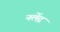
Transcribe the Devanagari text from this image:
नलेंद्र